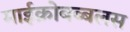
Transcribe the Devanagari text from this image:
माईक्रोबब्बलस